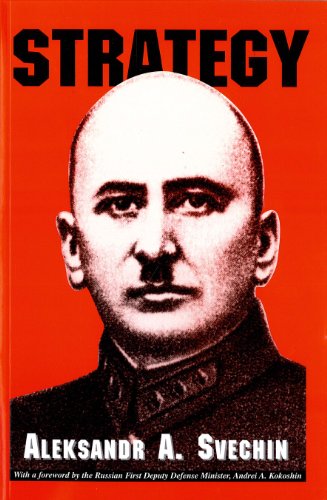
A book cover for Strategy; Aleksandr A. Svechin; Engineering & Transportation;